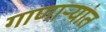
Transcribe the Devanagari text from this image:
गाणार्‍यांत